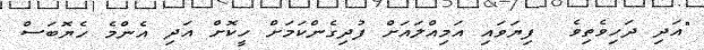
"އަދި ދަހިވެތިވެ  ފިޔަވައި އަމިއްލައަށް ފުދިގެންކަމަށް ހީކޮށް އަދި އެންމެ ހެޔޮބަސް